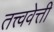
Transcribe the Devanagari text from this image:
तत्त्ववेत्ती